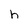
Character: h